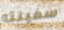
سفينته